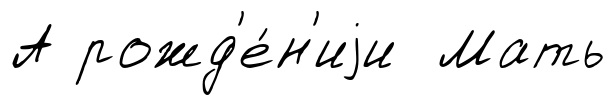
А рожд'е́н'иjи Мать